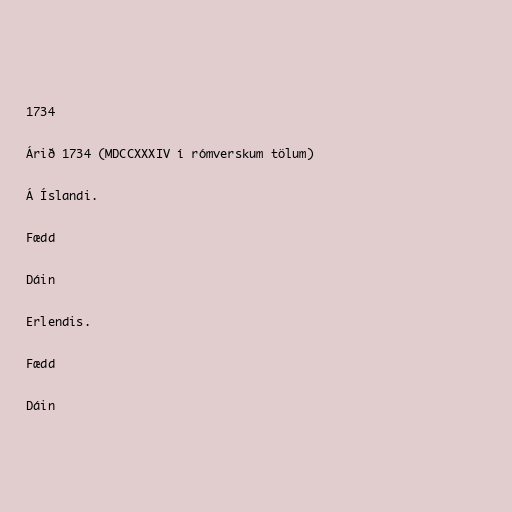
1734

Árið 1734 (MDCCXXXIV í rómverskum tölum)

Á Íslandi.

Fædd

Dáin

Erlendis.

Fædd

Dáin